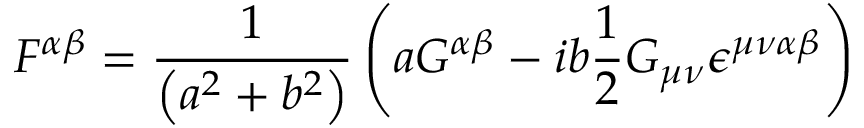
F ^ { \alpha \beta } = \frac { 1 } { \left( a ^ { 2 } + b ^ { 2 } \right) } \left( a G ^ { \alpha \beta } - i b \frac { 1 } { 2 } G _ { \mu \nu } \epsilon ^ { \mu \nu \alpha \beta } \right)